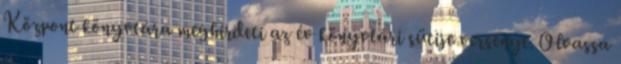
Központ könyvtára meghirdeti az év könyvtári sütije versenyt. Olvassa